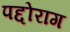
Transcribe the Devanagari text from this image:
पद्दोराग